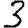
Digit: 3